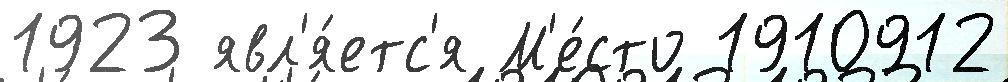
1923 явл'я́етс'я М'е́сто 1910912